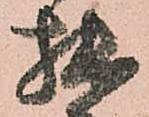
拙